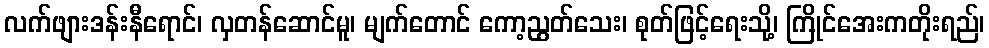
လက်ဖျားဒန်းနီရောင်၊ လှတန်ဆောင်မူ၊ မျက်တောင် ကော့ညွတ်သေး၊ စုတ်ဖြင့်ရေးသို့၊ ကြိုင်အေးကတိုးရည်၊